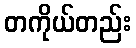
တကိုယ်တည်း